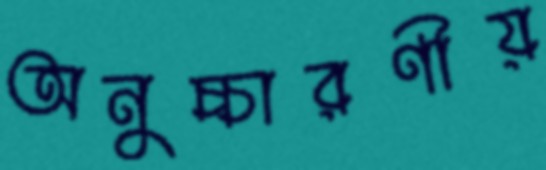
অনুচ্চারণীয়